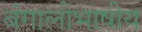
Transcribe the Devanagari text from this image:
बंगालीभाषीय